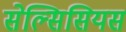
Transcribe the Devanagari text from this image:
सेल्सिसियस